Civil Veterinary Dept. Bombay admin report 1914-1922 - 1914-1922
Year: 1914
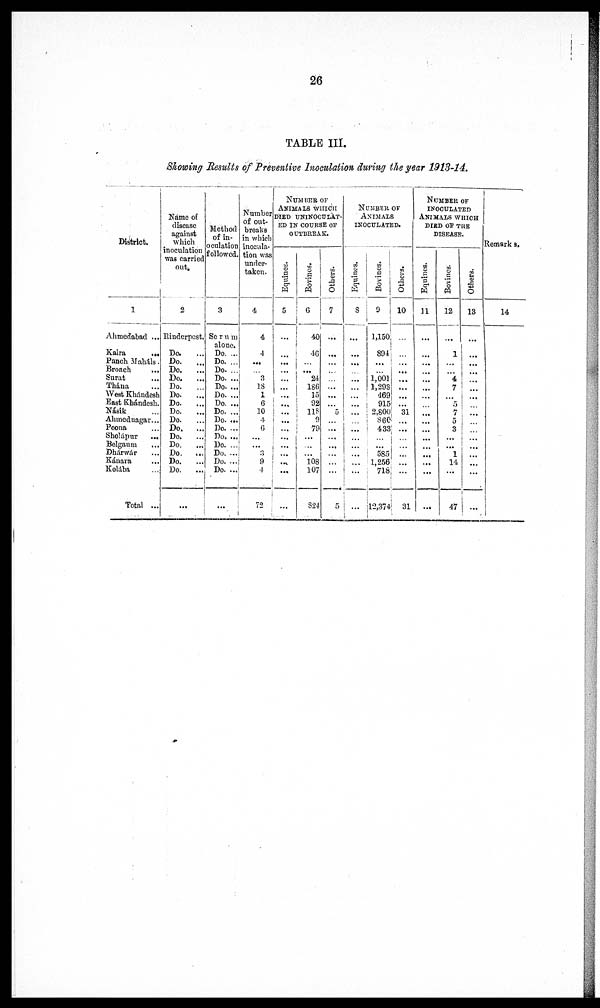
26
TABLE III.
Showing Results of Preventive Inoculation during the year 1913-14.
District.
1
Ahmedabad ...
Kaira
...
Panch Maháls.
Broach
...
Surat ...
Thána ...
West Khándesh
East Khándesh.
Násik ...
Ahmednagar...
Poona ...
Sholápur
...
Belgaum ...
Dhárwár ...
Kánara
...
Kolába ...
Total ...
Name of
disease
against
which
inoculation
was carried
out.
2
Rinderpest.
Do. ...
Do.
...
Do.
...
Do.
...
Do. ...
Do.
...
Do. ...
Do. ...
Do. ...
Do.
...
Do.
...
Do.
...
Do.
...
Do.
...
Do. ...
...
Method
of in-
oculation
followed.
3
Serum
alone,
Do. ...
Do. ...
Do. ...
Do. ...
Do. ...
Do. ...
Do. ...
Do. ...
Do. ...
Do. ...
Do. ...
Do. ...
Do. ...
Do. ...
Do. ...
Number
of out-
breaks
in which
inocula-
tion was
under-
taken.
4
4
4
...
...
3
18
1
6
10
4
6
...
...
3
9
4
72
NUMBER OF
ANIMALS WHICH
DIED UNINOCULAT-
ED IN COURSE
OUTBREAK.
Equines.
5
...
...
...
...
...
...
...
...
...
...
...
...
...
...
...
...
...
Bovines.
6
40
46
...
...
24
186
15
92
118
9
79
...
...
...
108
107
824
Others.
7
...
...
...
...
...
...
...
...
5
...
...
...
...
...
...
...
5
NUMBER OF
ANIMALS
INOCULATED.
Equines.
8
...
...
...
...
...
...
...
...
...
...
...
...
...
...
...
...
Bovines.
9
1,150
894
...
...
1,001
1,298
469
915
2,800
860
433
...
...
585
1,256
718
l2,374
Others.
10
...
...
...
...
...
...
...
...
31
...
...
...
...
...
...
...
31
NUMBER OF
INOCULATED
ANIMALS WHICH
DIED OF THE
DISEASE.
Equines.
11
...
...
...
...
...
...
...
...
...
...
...
...
...
...
...
...
...
Bovines.
12
...
1
...
...
4
7
...
5
7
5
3
...
...
1
14
...
47
Others.
13
...
...
...
...
...
...
...
...
...
...
...
...
...
...
...
...
...
Remarks.
14